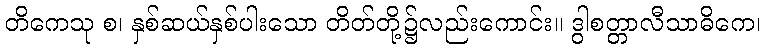
တိကေသု စ၊ နှစ်ဆယ်နှစ်ပါးသော တိတ်တို့၌လည်းကောင်း။ ဒွါစတ္တာလီသာဓိကေ၊